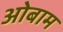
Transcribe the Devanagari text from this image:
ओबाम